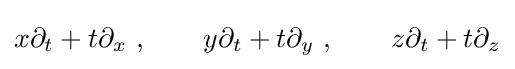
x\partial _{t}+t\partial _{x}~,\qquad y\partial _{t}+t\partial _{y}~,\qquad z\partial _{t}+t\partial _{z}